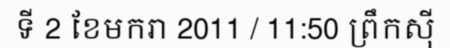
ទី 2 ខែមករា 2011 / 11:50 ព្រឹកស៊ី